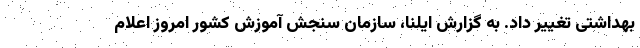
بهداشتی تغییر داد. به گزارش ایلنا، سازمان سنجش آموزش کشور امروز اعلام